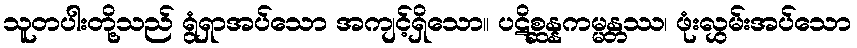
သူတပါးတို့သည် ရွံရှာအပ်သော အကျင့်ရှိသော။ ပဋိစ္ဆန္နကမ္မန္တဿ၊ ဖုံးလွှမ်းအပ်သော